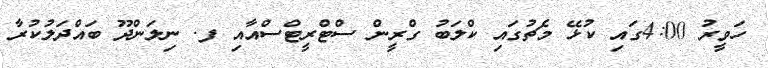
ހަވީރު 4:00ގައި ކުޅޭ މެޗުގައި ކްލަބު ގްރީން ސްޓްރީޓްސްއާއި ފ. ނިލަންދޫ ބައްދަލުކުރާ